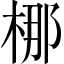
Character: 梛